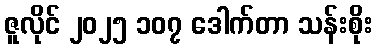
ဇူလိုင် ၂၀၂၅ ၁၀၇ ဒေါက်တာ သန်းစိုး